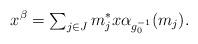
LaTeX: \begin{align*}x^\beta ={\textstyle\sum_{j\in J}}\,m_j^*x\alpha_{g_0^{-1}}(m_j).\end{align*}